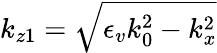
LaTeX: k_{z1}=\sqrt{\epsilon_{v}k_{0}^{2}-k_{x}^{2}}